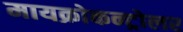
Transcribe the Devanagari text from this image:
मायक्रोकन्ट्रोलर